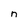
Character: n